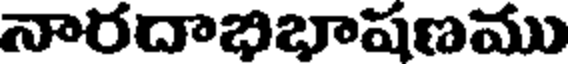
నారదాభిభాషణము